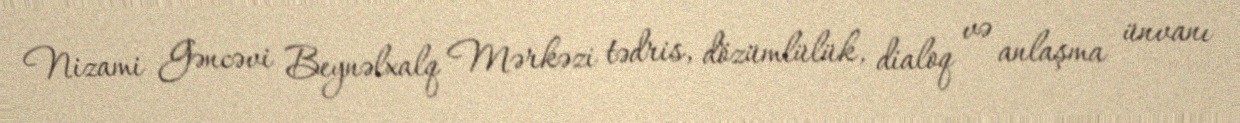
Nizami Gəncəvi Beynəlxalq Mərkəzi tədris, dözümlülük, dialoq və anlaşma ünvanı